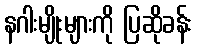
နဂါးမျိုးများကို ပြဆိုခန်း